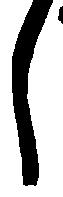
し